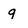
Character: q